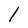
Character: 1